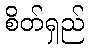
စိတ်ရှည်